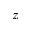
z